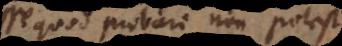
quod probari non potest